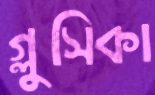
গ্লুসিকা